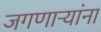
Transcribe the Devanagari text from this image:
जगणाऱ्यांना